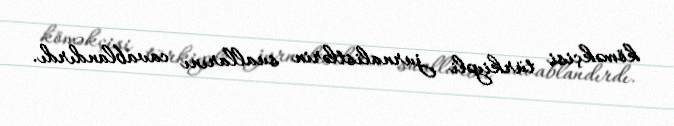
köməkçisi türkiyəli jurnalistlərin suallarını cavablandırdı.